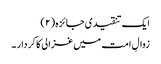
ایک تنقیدی جائزہ (۲)
زوالِ امت میں غزالی کا کردار ۔